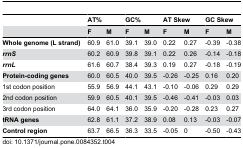
<table><thead><tr><td></td><td colspan="2"><b>AT%</b></td><td colspan="2"><b>GC%</b></td><td colspan="2"><b>AT Skew</b></td><td colspan="2"><b>GC Skew</b></td></tr><tr><td></td><td><b>F</b></td><td><b>M</b></td><td><b>F</b></td><td><b>M</b></td><td><b>F</b></td><td><b>M</b></td><td><b>F</b></td><td><b>M</b></td></tr></thead><tbody><tr><td><b>Whole genome (L strand)</b></td><td>60.9</td><td>61.0</td><td>39.1</td><td>39.0</td><td>0.22</td><td>0.27</td><td>-0.39</td><td>-0.38</td></tr><tr><td><b><i>rrnS</i></b></td><td>60.2</td><td>60.9</td><td>39.8</td><td>39.1</td><td>0.22</td><td>0.26</td><td>-0.14</td><td>-0.18</td></tr><tr><td><b><i>rrnL</i></b></td><td>61.6</td><td>60.7</td><td>38.4</td><td>39.3</td><td>0.19</td><td>0.27</td><td>-0.18</td><td>-0.19</td></tr><tr><td><b>Protein-coding genes</b></td><td>60.0</td><td>60.5</td><td>40.0</td><td>39.5</td><td>-0.26</td><td>-0.25</td><td>0.16</td><td>0.20</td></tr><tr><td>1st codon position</td><td>55.9</td><td>56.9</td><td>44.1</td><td>43.1</td><td>-0.10</td><td>-0.06</td><td>0.29</td><td>0.29</td></tr><tr><td>2nd codon position</td><td>59.9</td><td>60.5</td><td>40.1</td><td>39.5</td><td>-0.46</td><td>-0.41</td><td>-0.03</td><td>0.03</td></tr><tr><td>3rd codon position</td><td>64.0</td><td>64.1</td><td>36.0</td><td>35.9</td><td>-0.20</td><td>-0.28</td><td>0.23</td><td>0.27</td></tr><tr><td><b>tRNA genes</b></td><td>62.8</td><td>61.1</td><td>37.2</td><td>38.9</td><td>0.08</td><td>0.13</td><td>-0.03</td><td>-0.07</td></tr><tr><td><b>Control region</b></td><td>63.7</td><td>66.5</td><td>36.3</td><td>33.5</td><td>-0.05</td><td>0</td><td>-0.50</td><td>-0.43</td></tr></tbody></table>